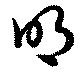
明